Scientific memoirs by medical officers of the Army of India - Part X,
Year: 1897
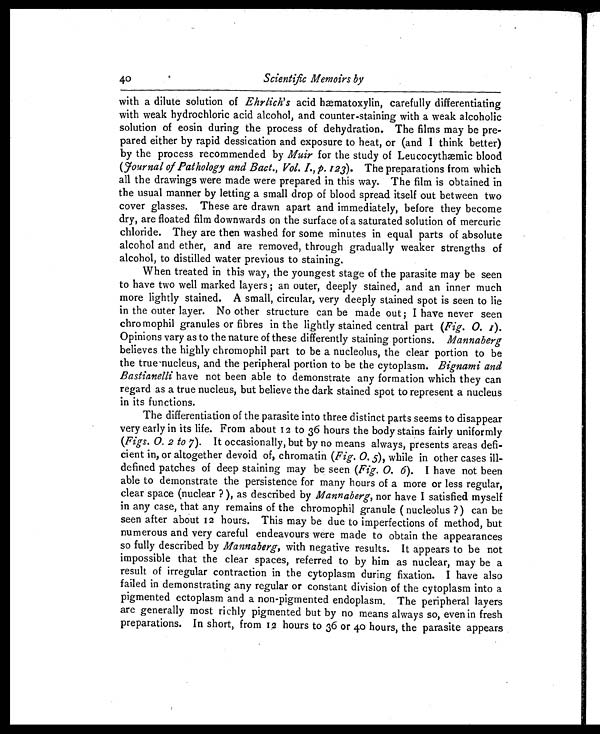
40
Scientific Memoirs by
with a dilute solution of Ehrlich's acid hæmatoxylin, carefully differentiating
with weak hydrochloric acid alcohol, and counter-staining with a weak alcoholic
solution of eosin during the process of dehydration. The films may be pre-
pared either by rapid dessication and exposure to heat, or (and I think better)
by the process recommended by Muir for the study of Leucocythæmic blood
(fournal of Pathology and Bact., Vol. I., p. 123 ). The preparations from which
all the drawings were made were prepared in this way. The film is obtained in
the usual manner by letting a small drop of blood spread itself out between two
cover glasses. These are drawn apart and immediately, before they become
dry, are floated film downwards on the surface of a saturated solution of mercuric
chloride. They are then washed for some minutes in equal parts of absolute
alcohol and ether, and are removed, through gradually weaker strengths of
alcohol, to distilled water previous to staining.
When treated in this way, the youngest stage of the parasite may be seen
to have two well marked layers ; an outer, deeply stained, and an inner much
more lightly stained. A small, circular, very deeply stained spot is seen to lie
in the outer layer. No other structure can be made out ; I have never seen
chromophil granules or fibres in the lightly stained central part ( Fig. 0. 1).
Opinions vary as to the nature of these differently staining portions. Mannaberg
believes the highly chromophil part to be a nucleolus, the clear portion to be
the true nucleus, and the peripheral portion to be the cytoplasm. Bignami and
Bastianelli have not been able to demonstrate any formation which they can
regard as a true nucleus, but believe the dark stained spot to represent a nucleus
in its functions.
The differentiation of the parasite into three distinct parts seems to disappear
very early in its life. From about 12 to 36 hours the body stains fairly uniformly
(Figs. 0. 2 to 7 ). It occasionally, but by no means always, presents areas defi-
cient in, or altogether devoid of, chromatin (Fig. 0. 5), while in other cases ill-
defined patches of deep staining may be seen ( Fig. 0. 6). I have not been
able to demonstrate the persistence for many hours of a more or less regular,
clear space (nuclear ? ), as described by Mannaberg, nor have I satisfied myself
in any case, that any remains of the chromophil granule ( nucleolus ?) can be
seen after about 12 hours. This may be due to imperfections of method, but
numerous and very careful endeavours were made to obtain the appearances
so fully described by Mannaberg, with negative results. It appears to be not
impossible that the clear spaces, referred to by him as nuclear, may be a
result of irregular contraction in the cytoplasm during fixation. I have also
failed in demonstrating any regular or constant division of the cytoplasm into a
pigmented ectoplasm and a non-pigmented endoplasm. The peripheral layers
are generally most richly pigmented but by no means always so, even in fresh
preparations. In short, from 12 hours to 36 or 40 hours, the parasite appears